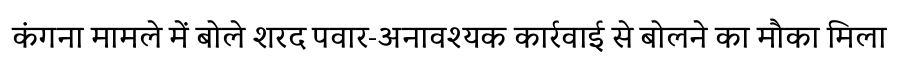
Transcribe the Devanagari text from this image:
कंगना मामले में बोले शरद पवार-अनावश्यक कार्रवाई से बोलने का मौका मिला